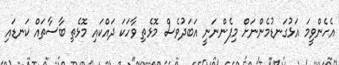
އެހެންވީމަ އަޅުގަނޑުމެންނަށް މިފެންނަނީ އަބަދުވެސް މޮޅެތި ވާހަކަ ދައްކަައި މޮޅެތި ބާސާތައް ކަނޑައި